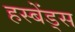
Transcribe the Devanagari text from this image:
हस्बेंड्स